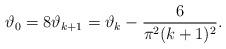
LaTeX: \begin{align*}\vartheta_{0}=8 \vartheta_{k+1} = \vartheta_{k}-\frac{6}{\pi^{2}(k+1)^{2}}.\end{align*}